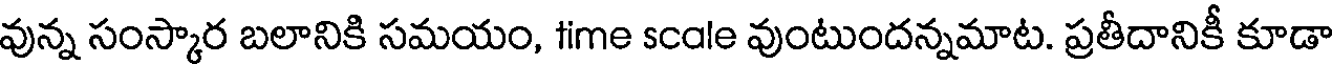
వున్న సంస్కార బలానికి సమయం, fime scale వుంటుందన్నమాట. ప్రతీదానికీ కూడా